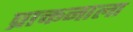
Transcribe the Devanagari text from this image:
प्राक्तनाला